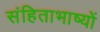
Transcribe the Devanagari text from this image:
संहिताभाष्यों